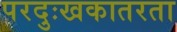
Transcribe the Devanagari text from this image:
परदुःखकातरता